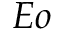
E o